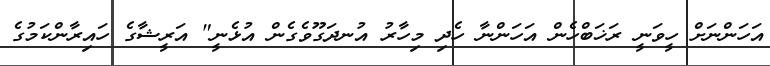
އަހަންނަށް ހީވަނީ ރަޚަބްހެން އަހަންނާ ހެދި މިހާރު އުނދަގޫވެގެން އުޅެނީ" އަރީޝާގެ ހައިރާންކަމުގެ